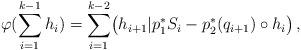
LaTeX: \begin{align*}\varphi(\sum_{i=1}^{k-1} h_i)=\sum_{i=1}^{k-2} \bigl(h_{i+1}|p_1^*{S}_i - p_2^*(q_{i+1})\circ h_i\bigr)\,,\end{align*}